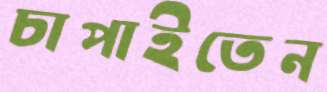
চাপাইতেন